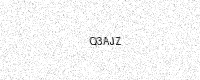
Text: Q3AJZ